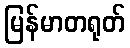
မြန်မာတရုတ်